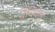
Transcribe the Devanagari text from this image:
ग्रेवियेल